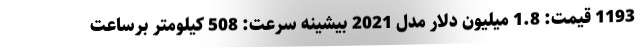
1193 قیمت: 1.8 میلیون دلار مدل 2021 بیشینه سرعت: 508 کیلومتر برساعت